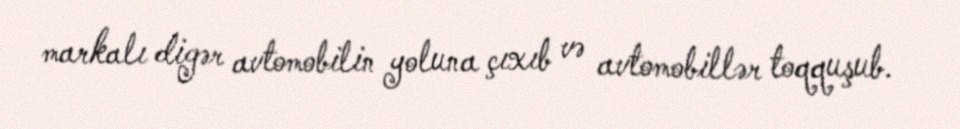
markalı digər avtomobilin yoluna çıxıb və avtomobillər toqquşub.